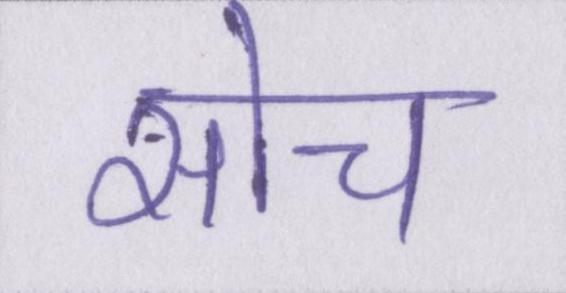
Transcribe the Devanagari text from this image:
सोच